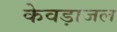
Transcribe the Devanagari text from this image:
केवड़ाजल